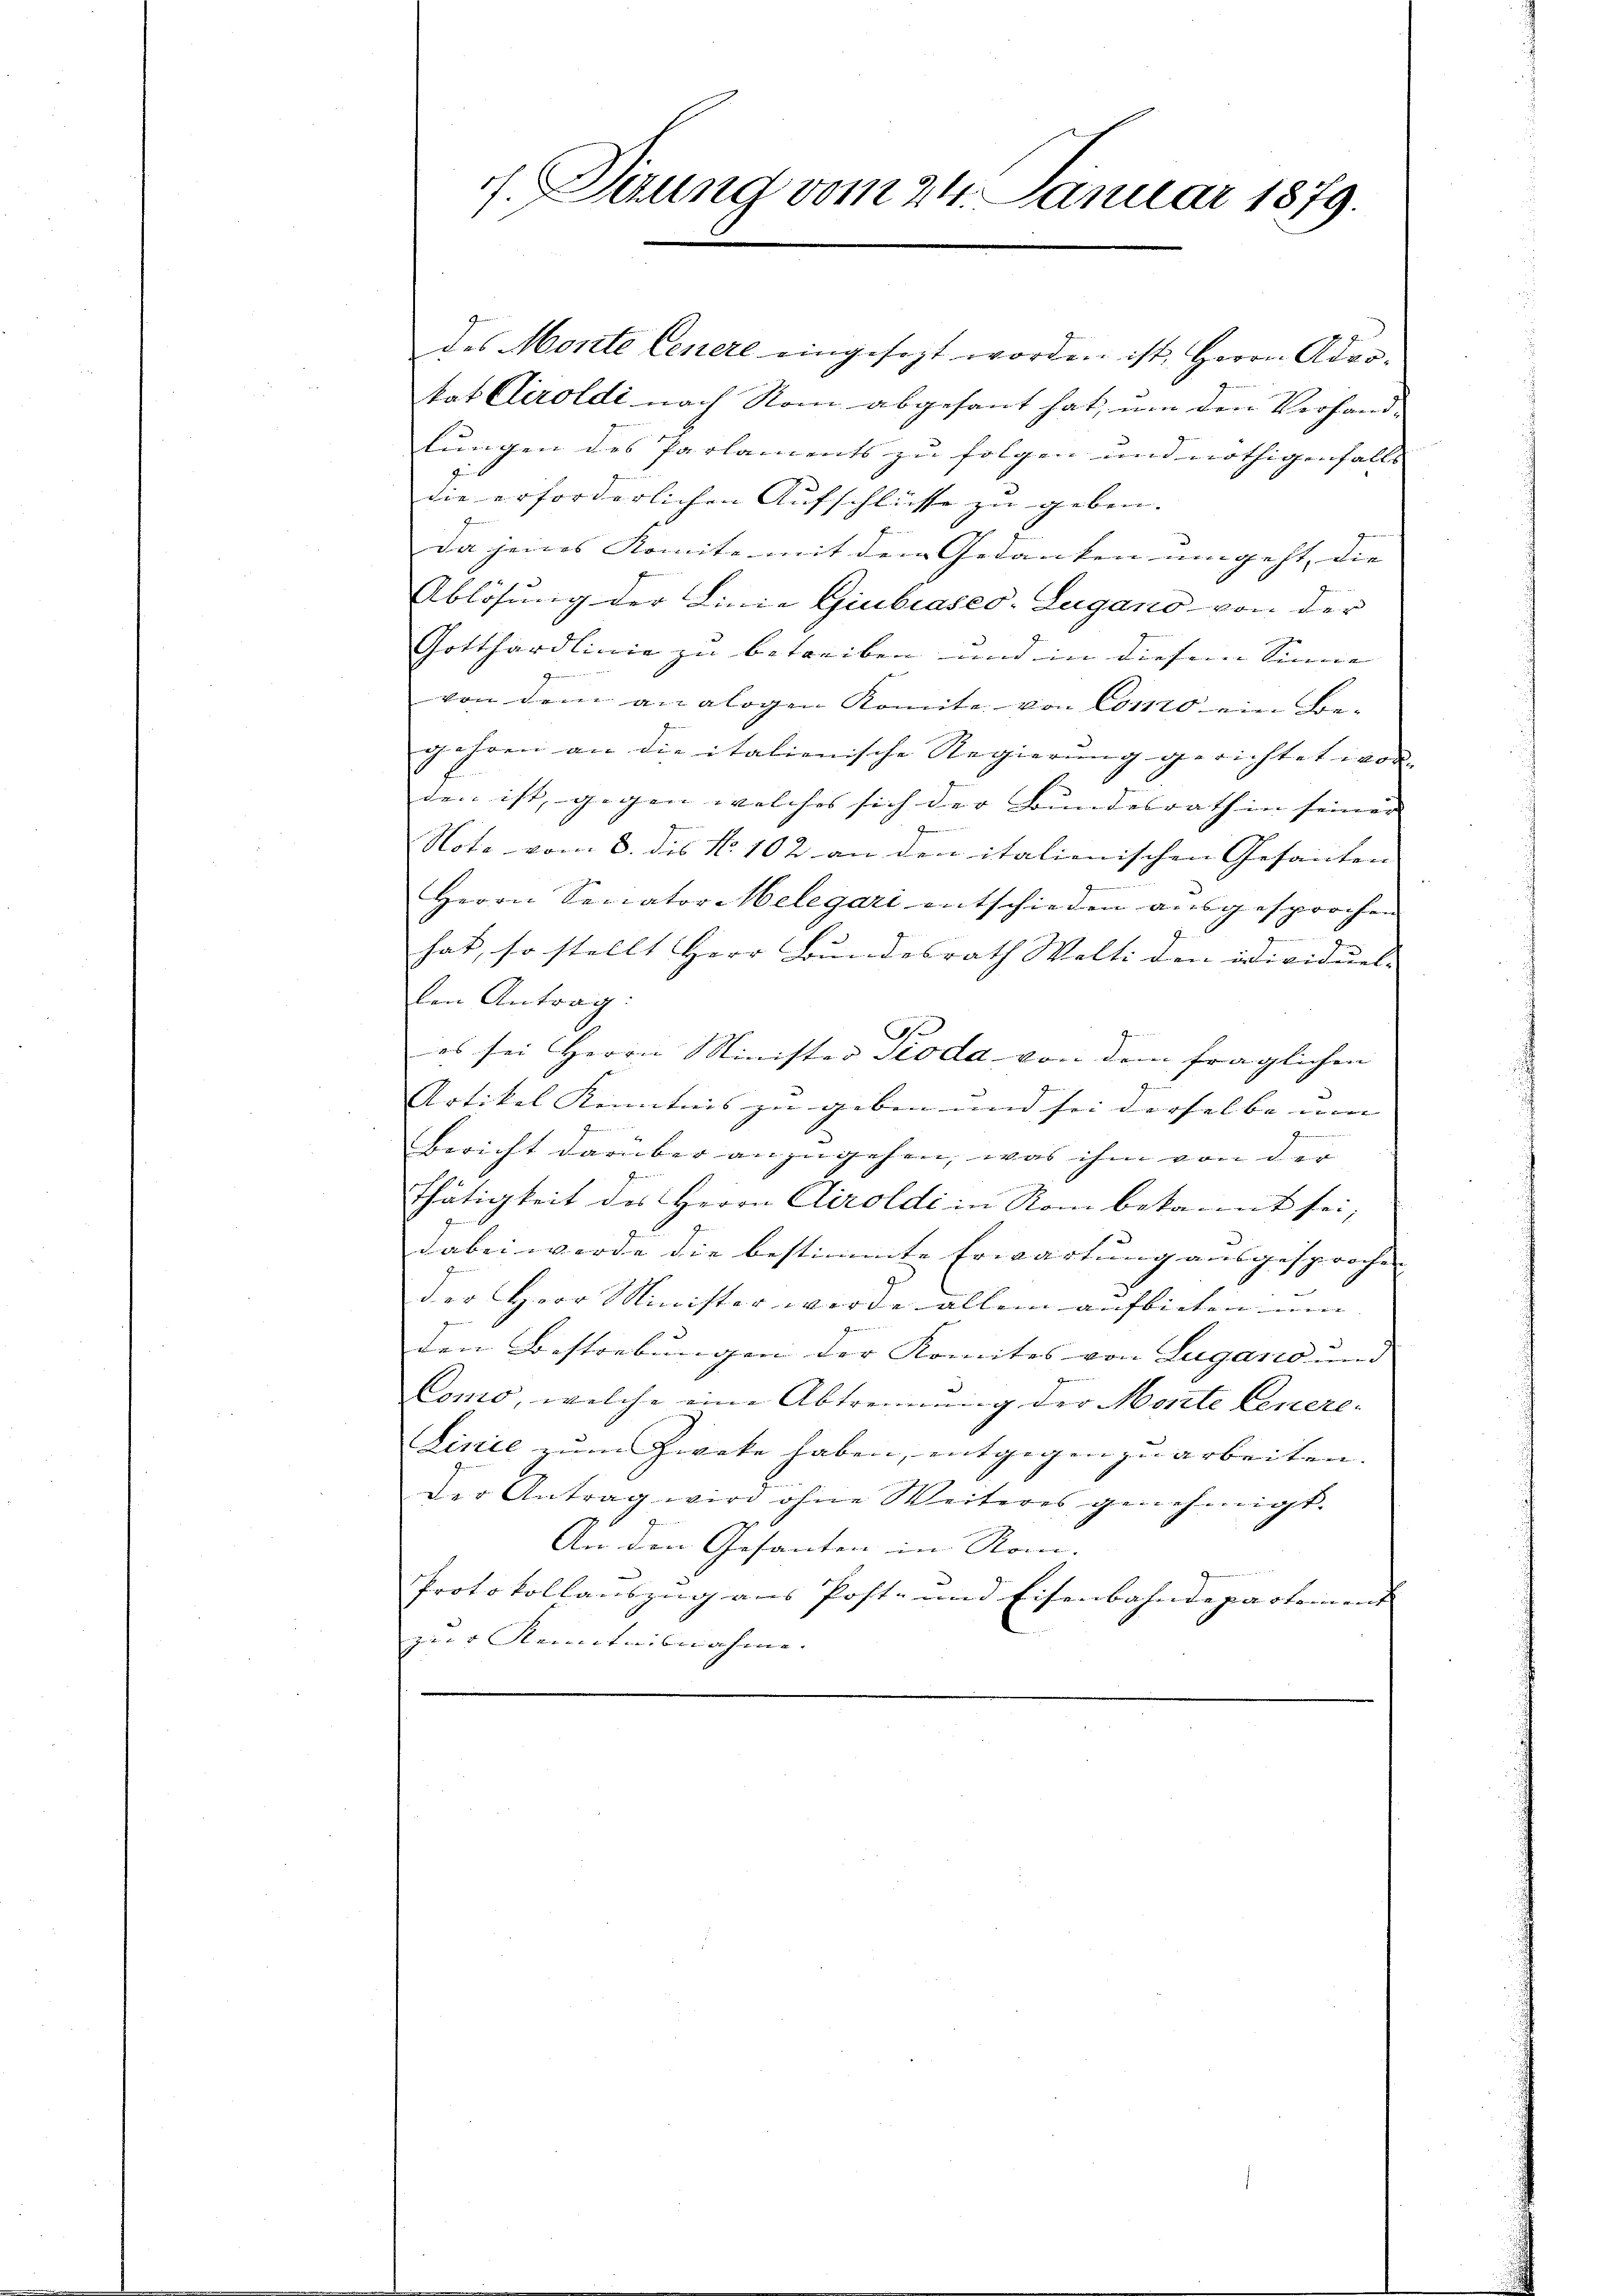
g. Sitzung vom 24. Januar 1879.

des Monte Genere eingesezt worden ist, Herrn Adro-
tat Airoldi nach Nom abgesant hat, um den Verhand-
lungen des Parlaments zu folgen und nöthigenfalls |
die erforderlichen Aufschlüsse zu geben. |
Da jenes Komite mit dem Gedanken umgeht, die |
Ablösung der Linie Giubiaseo-Lugano von der
Gotthardlinie zu betreiben und in diesem Sinne |
von dem analogen Komite von Conto ein Begehren an die italienische Regierung gerichtet wor-
den ist, gegen welches sich der Bundesrath in seiner |
Note vom 8. des No 102 an den italienischen Gesanten |
Herrn Senator Melegari entschieden aŭsgesprochen
hat, so stellt Herr Bundesrath Welti den odividuel-
von Antrag:
A
es sei Herrn Minister sie da von dem fraglichen
Trtikel Kenntnis zu geben und sei derselbe nun |
Bericht darüber anzugehen, was ihm von der
thätigkeit des Herrn Airoldi in Rom bekannt sei;
dabei werde die bestimmte Erwartung ausgesprochen |
8
der Herr Minister wurde allein aufbieten um- |
den Bestrebungen der Komites von Lugano und
Como, welche eine Abtrennung der Monte Genere¬
Linie zum Zwecke haben, entgegen zu arbeiten.
Der Antrag wird ohne Weiteres genehmigt.
An den Gesanten in Rom.
Protokollauszug aus Post- und Eisenbahndepartement
zur Kenntnisnahme. |